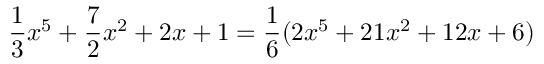
{ \frac { 1 } { 3 } } x ^ { 5 } + { \frac { 7 } { 2 } } x ^ { 2 } + 2 x + 1 = { \frac { 1 } { 6 } } ( 2 x ^ { 5 } + 2 1 x ^ { 2 } + 1 2 x + 6 )